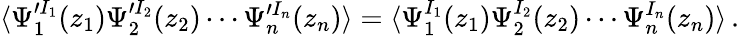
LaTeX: \langle\Psi_{1}^{\prime I_{1}}(z_{1})\Psi_{2}^{\prime I_{2}}(z_{2})\cdots\Psi_{n}^{\prime I_{n}}(z_{n})\rangle=\langle\Psi_{1}^{I_{1}}(z_{1})\Psi_{2}^{I_{2}}(z_{2})\cdots\Psi_{n}^{I_{n}}(z_{n})\rangle\, .